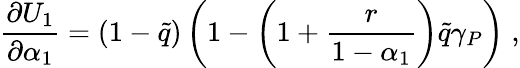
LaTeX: \frac{\partial U_{1}}{\partial\alpha_{1}}=(1-\tilde{q})\left(1-\left(1+\frac{r}{1-\alpha_{1}}\right)\tilde{q}\gamma_{P}\right)\; ,